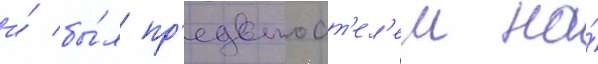
и́ бы́л пр'едстоат'ел'ем на́